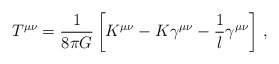
\begin{align*}T^{\mu\nu} = \frac{1}{8\pi G}\left[K^{\mu\nu} - K \gamma^{\mu\nu} - \frac 1l \gamma^{\mu\nu}\right]\,, \end{align*}